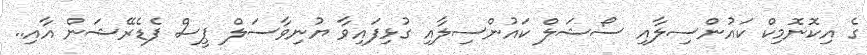
ގެ އިކޮނޮމިކް ކައުންސިލާއި ސޯޝަލް ކައުންސިލާއި ގުޅިފައިވާ ޔުނިވާސަލް ޕީސް ފެޑެރޭޝަން އާއި..